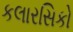
કલારસિકો